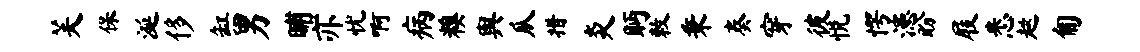
芙保涎侈缸男晡亦忧啊病糗舆瓜措炎眄敕秉奏穿彼悦愕漶盼屐悉趑匍